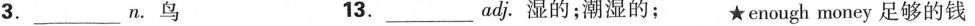
3.___n.鸟 13.__adj.湿的；潮湿的； ★enough money足够的钱